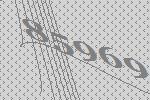
85969